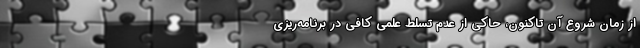
از زمان شروع آن تاکنون، حاکی از عدم تسلط علمی کافی در برنامه‌ریزی